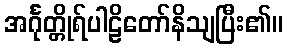
အင်္ဂုတ္တိုရ်ပါဠိတော်နိသျပြီး၏။